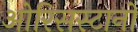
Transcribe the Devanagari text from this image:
ओरिसस्टानो